Lunatic asylums Burma 1922-24 - 1922-1924
Year: 1922
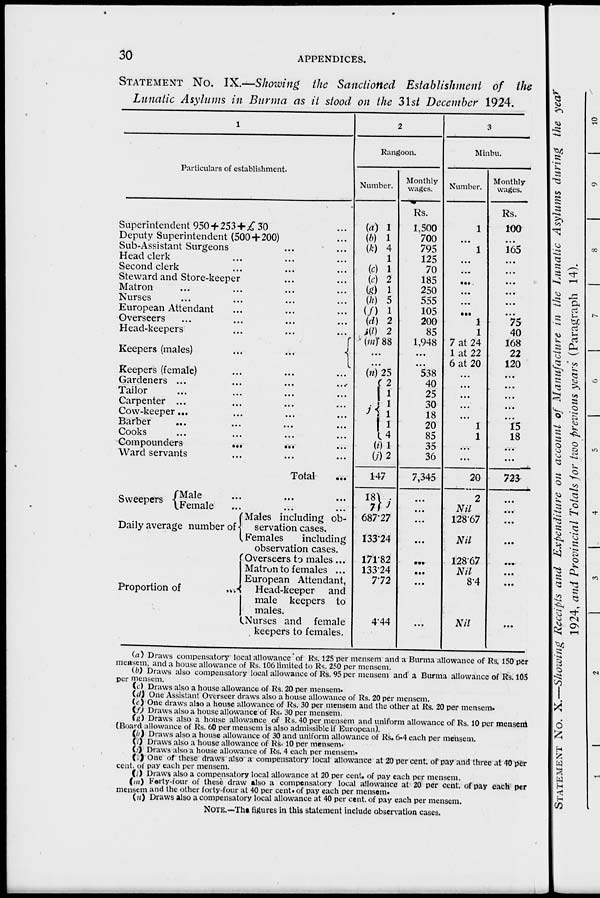
30
APPENDICES.
STATEMENT No. IX.—Showing the Sanctioned Establishment of the
Lunatic Asylums in Burma as it stood on the 31st December 1924.
1
Particulars of establishment.
Superintendent 950 + 253 + £ 30 ...
Deputy Superintendent (500 + 200) ...
Sub-Assistant Surgeons ... ...
Head clerk ... ... ...
Second clerk ... ... ...
Steward and Store-keeper
...
...
Matron
...
...
...
...
Nurses ... ... ... ...
European Attendant ... ... ...
Overseers ... ... ... ...
Head-keepers ... ... ...
Keepers (males)
...
...
Keepers (female) ... ... ...
Gardeners ... ... ... ...
Tailor ... ... ... ...
Carpenter ... ... ... ...
Cow-keeper... ... ... ...
Barber ... ... ... ...
Cooks ... ... ... ...
Compounders
...
... ...
Ward servants ... ... ...
Total ...
Sweepers
Male
...
...
...
Female
...
...
...
Daily average number of
Proportion of
...
Males including ob-
servation cases.
Females
including
observation cases.
Overseers to males...
Matron to females ...
European Attendant,
Head-keeper
and
male keepers to
males.
Nurses and female
keepers to females.
2
Rangoon.
Number.
(a) 1
(b) 1
(k) 4
1
(c) 1
(e) 2
(g) 1
(h) 5
(f) 1
(d) 2
(l) 2
(m) 88
...
...
(n) 25
j
2
1
1
1
1
4
(i) 1
(j) 2
147
18
7 j
687.27
133.24
171.82
133.24
7.72
4.44
Monthly
wages.
Rs.
1,500
700
795
125
70
185
250
555
105
200
85
1,948
...
...
538
40
25
30
18
20
85
35
36
7,345
...
...
...
...
...
...
...
...
3
Minbu.
Number.
1
...
1
...
...
...
...
...
...
1
1
7 at 24
1 at 22
6 at 20
...
...
...
...
...
1
1
...
...
20
2
Nil
128.67
Nil
128.67
Nil
8.4
Nil
Monthly
wages.
Rs.
100
...
165
...
...
...
...
...
...
75
40
168
22
120
...
...
...
...
...
15
18
...
...
723
...
...
...
...
...
...
...
...
(a) Draws compensatory local allowance of Rs. 125 per mensem and a Burma allowance of Rs. 150 per
mensem. and a house allowance of Rs. 106 limited to Rs. 250 per mensem.
(b) Draws also compensatory local allowance of Rs. 95 per mensem and a Burma allowance of Rs. 105
per mensem.
(c) Draws also a house allowance of Rs. 20 per mensem.
(d) One Assistant Overseer draws also a house allowance of Rs. 20 per mensem.
(e) One draws also a house allowance of Rs. 30 per mensem and the other at Rs. 20 per mensem.
(f) Draws also a house allowance of Rs. 30 per mensem.
(g) Draws also a house allowance of Rs. 40 per mensem and uniform allowance of Rs. 10 per mensem
(Board allowance of Rs. 60 per mensem is also admissible if European).
(h) Draws also a house allowance of 30 and uniform allowance of Rs. 6-4 each per mensem.
(i) Draws also a house allowance of Rs. 10 per mensem.
(j) Draws also a house allowance of Rs. 4 each per mensem.
(k) One of these draws also a compensatory local allowance at 20 per cent. of pay and three at 40 per
cent. of pay each per mensem.
(l) Draws also a compensatory local allowance at 20 per cent. of pay each per mensem.
(m) Forty-four of these draw also a compensatory local allowance at 20 per cent. of pay each per
mensem and the other forty-four at 40 per cent of pay each per mensem.
(n) Draws also a compensatory local allowance at 40 per cent. of pay each per mensem.
NOTE.— The figures in this statement include observation cases.